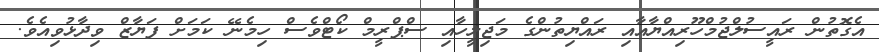
އެގޮތުން ރައީސުލްޖުމްހޫރިއްޔާއާއި ރައްޔިތުންގެ މަޖިލީހާއި ސްޕްރީމް ކޯޓްވެސް ހިމެނޭ ކަމަށް ފަޔާޒް ވިދާޅުވިއެވެ.